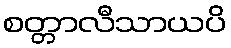
စတ္တာလီသာယပိ